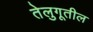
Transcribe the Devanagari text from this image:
तेलुगूतील